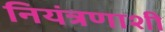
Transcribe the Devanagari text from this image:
नियंत्रणाशी